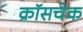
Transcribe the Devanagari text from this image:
क्रॉसचेक